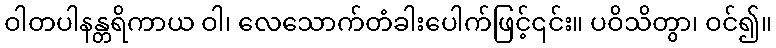
ဝါတပါနန္တရိကာယ ဝါ၊ လေသောက်တံခါးပေါက်ဖြင့်၎င်း။ ပဝိသိတွာ၊ ဝင်၍။